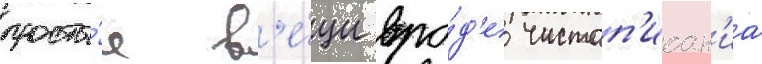
просты́е в'е́щи вро́д'е чистоп'исан'иа